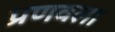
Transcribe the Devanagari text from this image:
प्रणवला